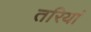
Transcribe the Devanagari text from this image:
तरियां